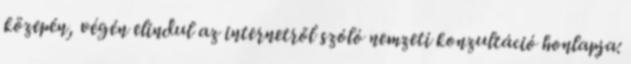
közepén, végén elindul az internetről szóló nemzeti konzultáció honlapja: